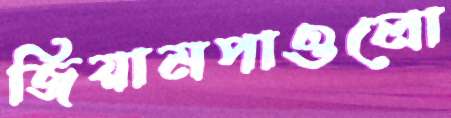
জিয়ামপাওলো